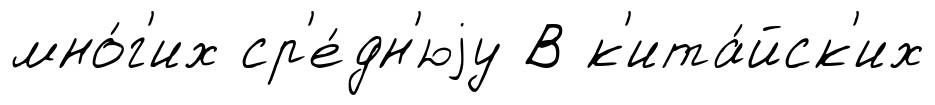
мно́г'их ср'е́дн'юjу В к'ита́йск'их